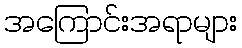
အကြောင်းအရာများ